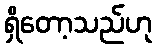
ရှိတော့သည်ဟု